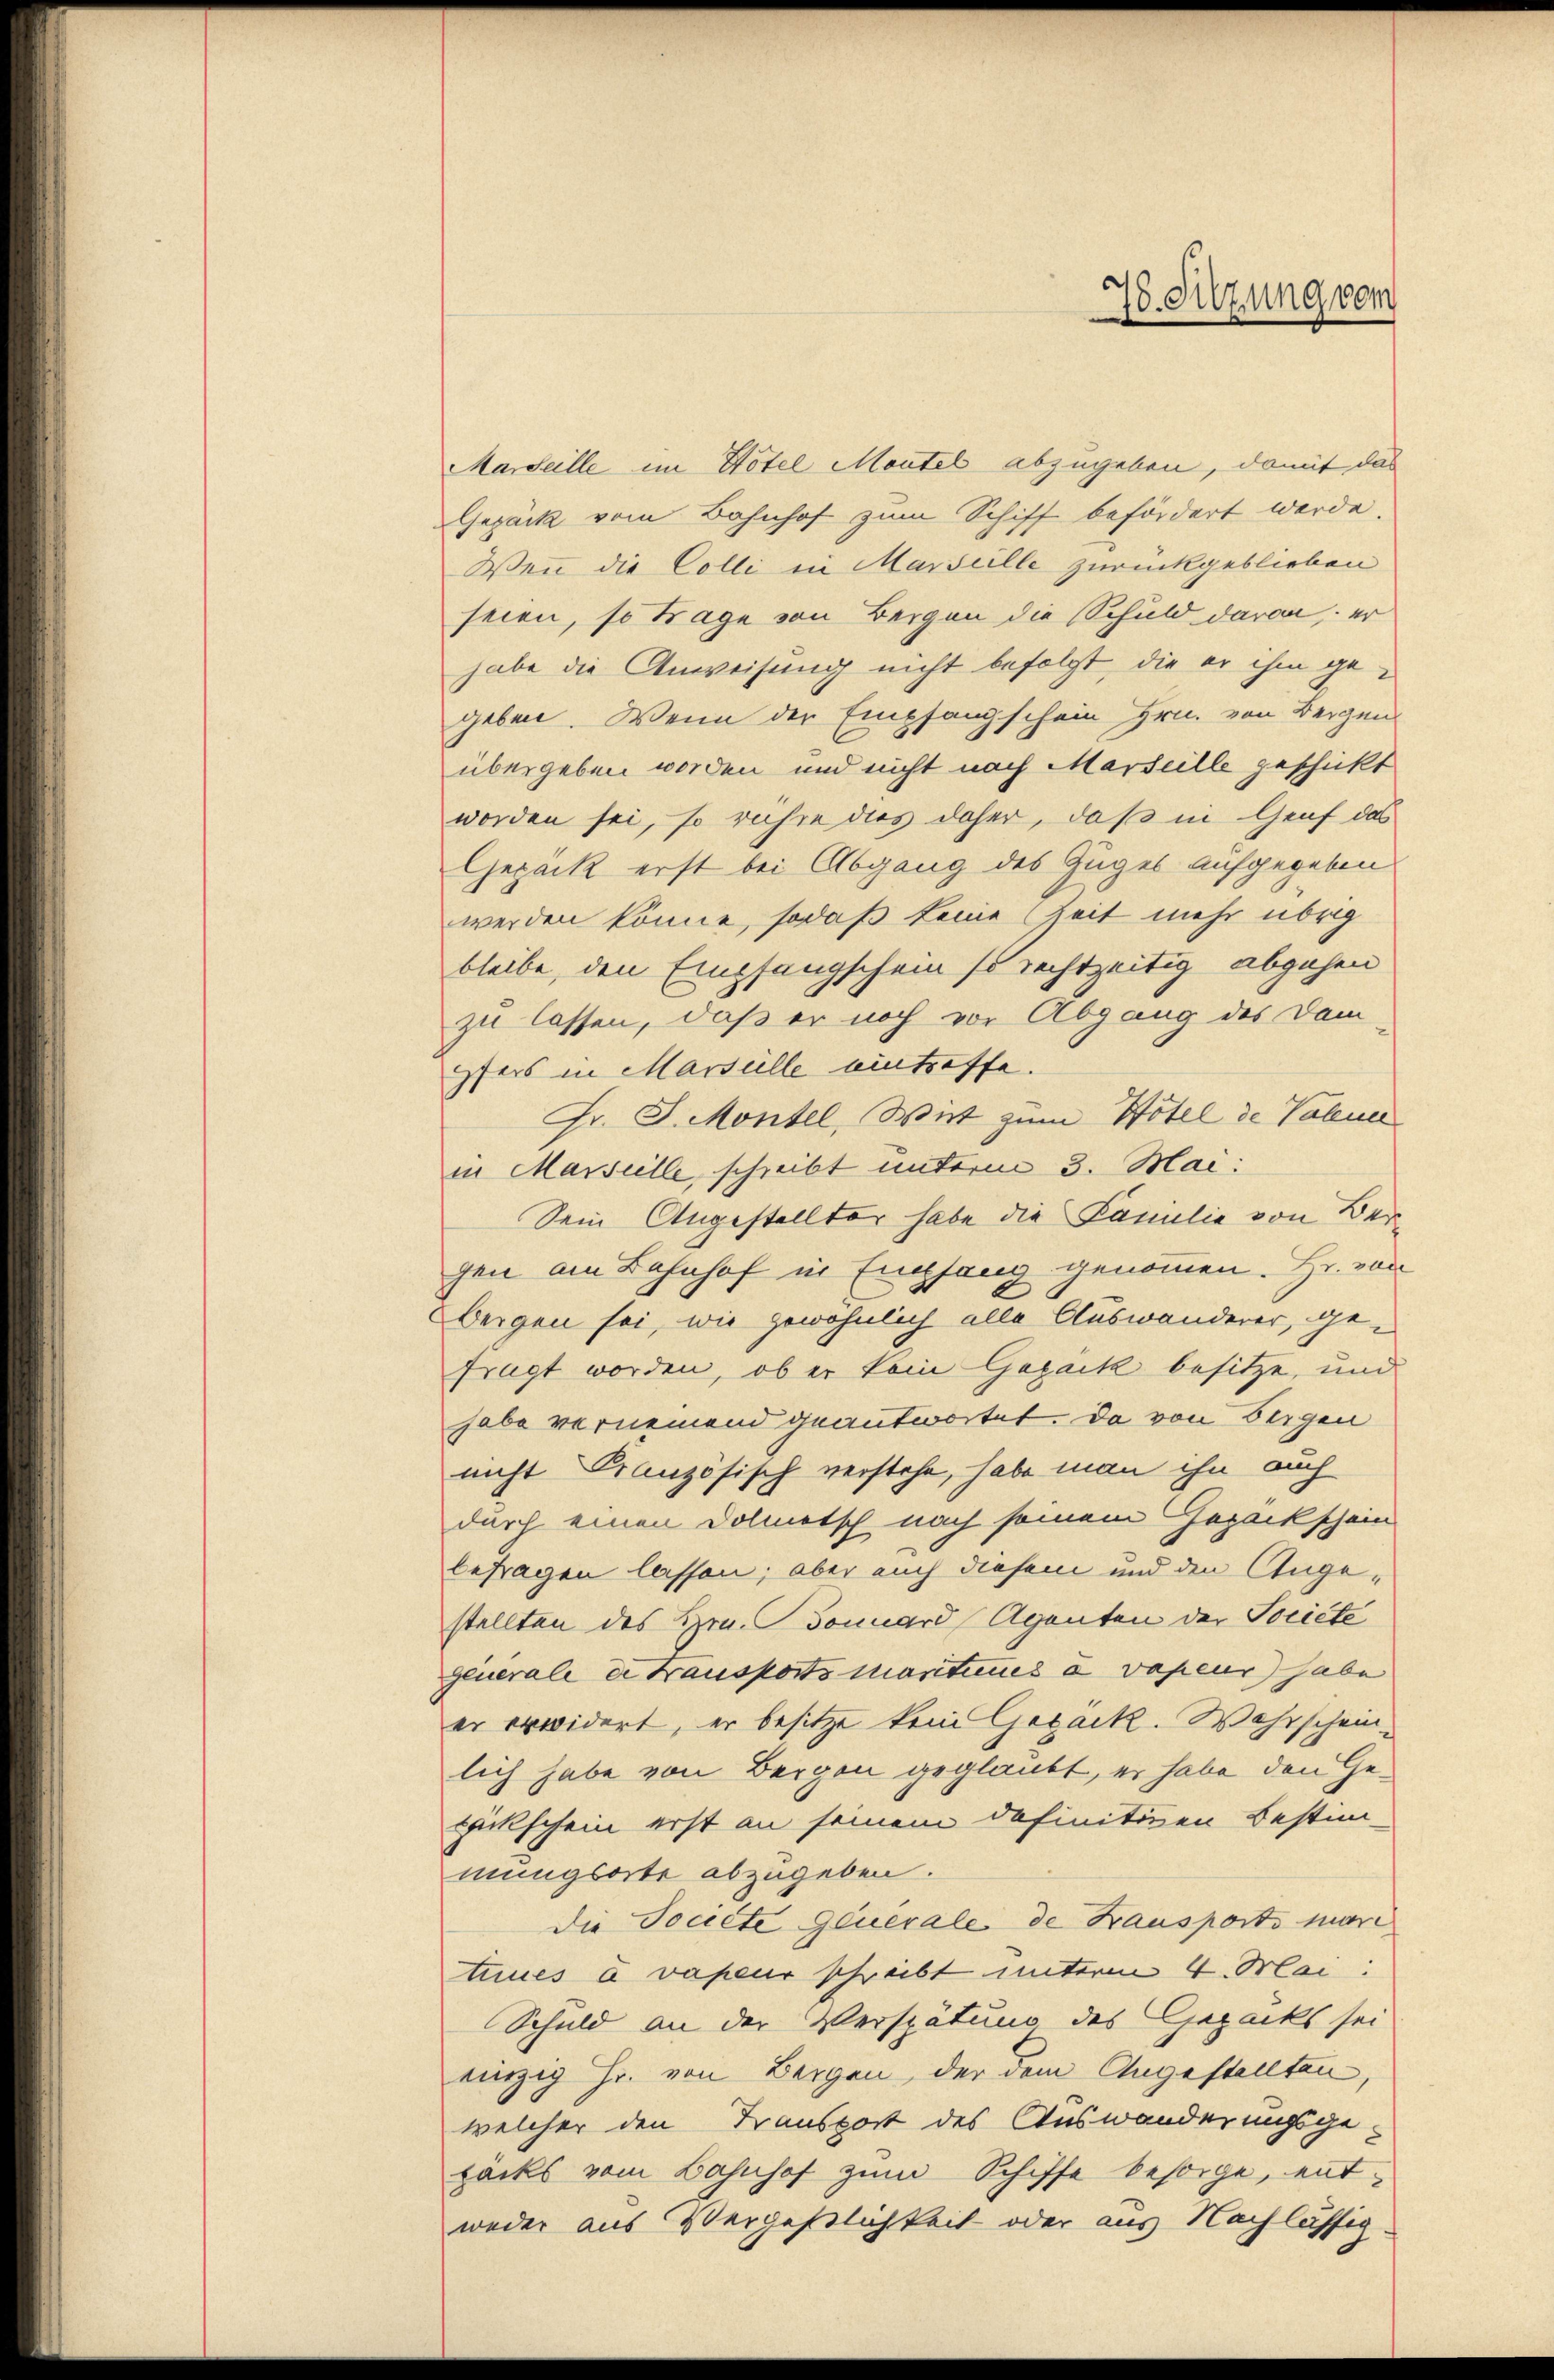
78. Sitzung vom

Marseille im Hotel Montel abzugeben, damit das
Gepäck vom Bahnhof zum Schiff befördert werde.
Wenn die Colli in Marseille zurückgeblieben
seien, so trage von Bergen die Schuld daran er
habe die Anweisung nicht befolgt, die er ihm gegeben. Wenn der Empfangschein Hrn. von Bergen
übergeben worden und nicht nach Marseille geschickt
worden sei, so rühre dies daher, daß in Genf das
Gepäck erst bei Abgang des Zuges aufgegeben
werden könne, sodaß keine Zeit mehr übrig
bleibe, den Empfangschein so rechtzeitig abgehen
zu lassen, daß er noch vor Abgang des Dam
pfers in Marsülle eintreffe.
Fr. J. Montel, Wirt zum Hotel de Valener
in Marseille, schreibt unterm 3. Mai:
Sein Angestellter habe die Familie von Bergen am Bahnhof in Empfang genommen. Hr. von
beigen sei, wie gewöhnlich alle Auswanderer, gefragt worden, ob er kein Gezack besitze, und
habe vernemend geantwortet. Da von Beigen
nicht Französisch verstehe, habe man ihn auch
durch einen Dolmetsch nach seinem Gezackschein
befragen lassen; aber auch diesem und den Angestellten des Hrn. Januard Agenten der Societe
generale er transports maritimes a vapeur) habe
er erwidert, er besitze kein Gepäck. Wahrscheinlich habe von Bergen geglaubt, er habe den Ge¬
Zückschein erst an seinem definitiven Bestim-
mungsorte abzugeben.
die Societe Generale de Fransports mari
tuues à vapeur schreibt unterm 4. Mai
Schuld an der Verspätung des Gepacks sei
einzig Hr. von Bergen, der dem Angestellten,
welcher den Transport des Auswanderungsgefacks vom Bahnhof zŭm Schiffe besorge, entweder aus Vergeßlichkeit oder aus Nachlässig.